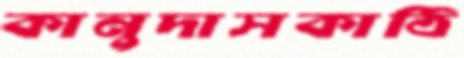
কানুদাসকাঠি